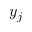
y _ { j }